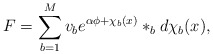
\begin{align*}F=\sum_{b=1}^Mv_be^{\alpha\phi+\chi_b(x)}\ast_bd\chi_b(x),\end{align*}